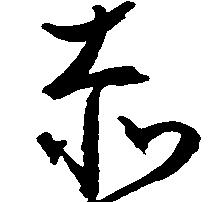
赤